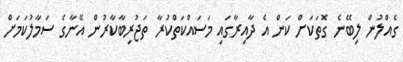
ގެއްލުން ލިބޭނެ ގޮތަކަށް ކަން އެ ދާއިރާގައި މަސައްކަތްކުރާ ތަޖުރިބާކާރުން އޭނާގެ ސަމާލުކަމަށް